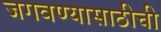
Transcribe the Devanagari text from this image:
जगवण्यासाठीची